Vaccination United Provinces of Agra and Oudh 1902-1913 - 1902-1913
Year: 1902
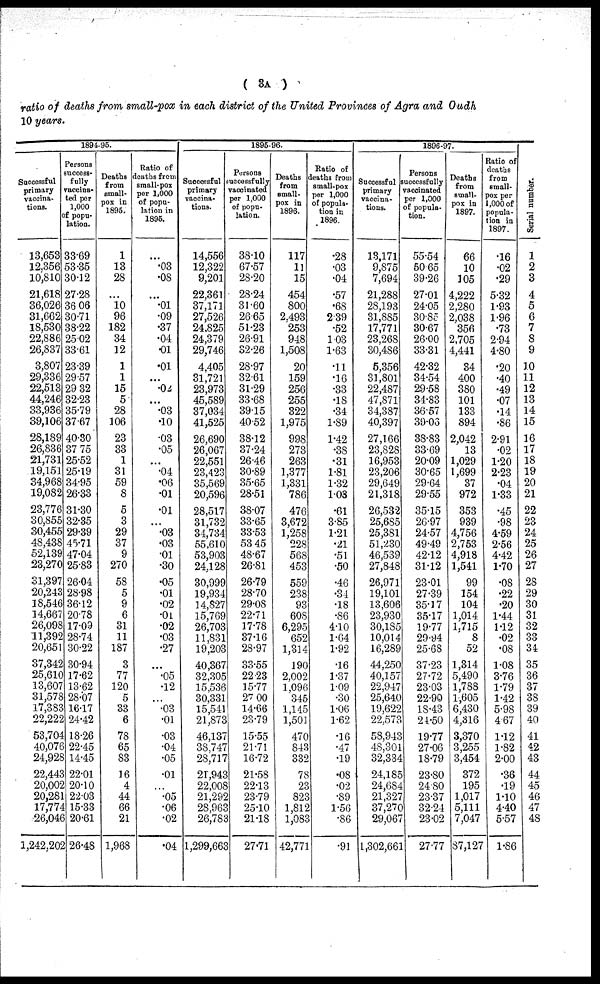
( 3A )
ratio of deaths from small-pox in each district of the United Provinces of Agra and Oudh
10 years.
1894-95.
Successful
primary
vaccina-
tions.
13,653
12,356
10,810
21,618
36,026
31,662
18,530
22,886
26,837
3,807
29,336
22,513
44,246
33,936
39,106
28,189
26,836
21,731
19,151
34,968
19,082
23,776
30,855
30,455
48,438
52,139
23,270
31,397
20,243
18,546
14,667
26,098
11,392
20,651
37,342
25,610
13,607
31,578
17,383
22,222
53,704
40,076
24,928
22,443
20,002
20,281
17,774
26,046
1,242,202
Persons
success-
fully
vaccina-
ted per
1,000
of popu-
lation.
33.69
53.35
30.12
27.28
36.06
30.71
38.22
25.02
33.61
23.39
29.57
29.32
32.23
35.79
37.67
40.30
37.75
25.52
25.19
34.95
26.33
31.30
32.35
29.39
45.71
47.04
25.83
26.04
28.98
36.12
20.78
17.09
28.74
30.22
30.94
17.62
13.62
28.07
16.17
24.42
18.26
22.45
14.45
22.01
20.10
22.03
15.33
20.61
26.48
Deaths
from
small-
pox in
1895.
1
13
28
...
10
96
182
34
12
1
1
15
5
28
106
23
33
1
31
59
8
5
3
29
37
9
270
58
5
9
6
31
11
187
3
77
120
5
33
6
78
65
83
16
4
44
66
21
1,968
Ratio of
deaths from
small-pox
per 1,000
of popu-
lation in
1895.
.03
.08
...
.01
.09
.37
.04
.01
.01
...
.02
...
.03
.10
.03
.05
...
.04
.06
.01
.01
...
.03
.03
.01
.30
.05
.01
.02
.01
.02
.03
.27
...
.05
.12
...
.03
.01
.03
.04
.05
.01
...
.05
.06
.02
.04
1895-96.
Successful
primary
vaccina-
tions.
14,556
12,322
9,201
22,361
37,171
27,526
24,825
24,379
29,746
4,405
31,721
23,973
45,589
37,034
41,525
26,690
26,067
22,551
23,423
35,569
20,596
28,517
31,732
34,734
55,610
53,903
24,128
30,999
19,934
14,827
15,769
26,703
11,831
19,203
40,367
32,305
15,536
30,331
15,541
21,873
46,137
38,747
28,717
21,943
22,008
21,292
28,963
26,783
1,299,663
Persons
successfully
vaccinated
per 1,000
of popu-
lation.
38.10
67.57
28.20
28.24
31.60
26.65
51.23
26.91
32.26
28.97
32.61
31.29
33.68
39.15
40.52
38.12
37.24
26.46
30.89
35.65
28.51
38.07
33.65
33.53
53.45
48.67
26.81
26.79
28.70
29.08
22.71
17.78
37.16
28.97
33.55
22.23
15.77
27.00
14.66
23.79
15.55
21.71
16.72
21.58
22.13
23.79
25.10
21.18
27.71
Deaths
from
small-
pox in
1896.
117
11
15
454
800
2,493
253
948
1,508
20
159
256
255
322
1,975
998
273
263
1,377
1,331
786
476
3,672
1,258
228
568
453
559
238
93
608
6,295
652
1,314
190
2,002
1,096
345
1,145
1,501
470
843
332
78
23
823
1,812
1,083
42,771
Ratio of
deaths from
small-pox
per 1,000
of popula-
tion in
1896.
.28
.03
.04
.57
.68
2.39
.52
1.03
1.63
.11
.16
.33
.18
.34
1.89
1.42
.38
.31
1.81
1.32
1.03
.61
3.85
1.21
.21
.51
.50
.46
.34
.18
.86
4.10
1.64
1.92
.16
1.37
1.09
.30
1.06
1.62
.16
.47
.19
.08
.02
.89
1.56
.86
.91
1896-97.
Successful
primary
vaccina-
tions.
13,171
9,875
7,694
21,288
28,193
31,885
17,771
23,268
30,486
5,356
31,801
22,487
47,871
34,387
40,397
27,166
23,828
16,953
23,206
29,649
21,318
26,532
25,685
25,381
51,230
46,539
27,848
26,971
19,101
13,606
23,930
30,185
10,014
16,289
44,250
40,157
22,947
25,640
19,622
22,573
58,943
48,301
32,334
24,185
24,684
21,327
37,270
29,067
1,302,661
Persons
successfully
vaccinated
per 1,000
of popula-
tion.
55.54
50.65
39.26
27.01
24.05
30.85
30.67
26.00
33.31
42.32
34.54
29.58
34.83
36.57
39.06
38.83
33.69
20.09
30.65
29.64
29.55
35.15
26.97
24.57
49.49
42.12
31.12
23.01
27.39
35.17
35.17
19.77
29.94
25.68
37.23
27.72
23.03
22.90
18.43
24.50
19.77
27.06
18.79
23.80
24.80
23.37
32.24
23.02
27.77
Deaths
from
small-
pox in
1897.
66
10
105
4,222
2,280
2,038
356
2,705
4,441
34
400
380
101
133
894
2,042
13
1,029
1,699
37
972
353
939
4,756
2,753
4,918
1,541
99
154
104
1,014
1,715
8
52
1,314
5,490
1,788
1,605
6,430
4,316
3,370
3,255
3,454
372
195
1,017
5,111
7,047
87,127
Ratio of
deaths
from
small-
pox per
1,000 of
popula-
tion in
1897.
.16
.02
.29
5.32
1.93
1.96
.73
2.94
4.80
.20
.40
.49
.07
.14
.86
2.91
.02
1.20
2.23
.04
1.33
.45
.98
4.59
2.56
4.42
1.70
.08
.22
.20
1.44
1.12
.02
.08
1.08
3.76
1.79
1.42
5.98
4.67
1.12
1.82
2.00
.36
.19
1.10
4.40
5.57
1.86
Serial number.
1
2
3
4
5
6
7
8
9
10
11
12
13
14
15
16
17
18
19
20
21
22
23
24
25
26
27
28
29
30
31
32
33
34
35
36
37
38
39
40
41
42
43
44
45
46
47
48